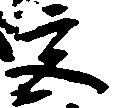
宮